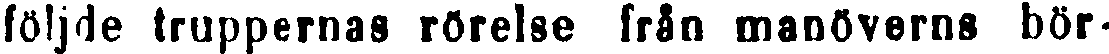
följde truppernas rörelse från manöverns bör-